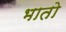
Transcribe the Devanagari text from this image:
भातो